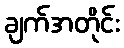
ချက်အတိုင်း